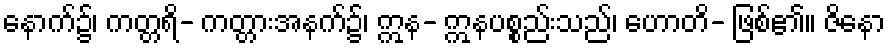
နောက်၌၊ ကတ္တရိ- ကတ္တားအနက်၌၊ ဣန- ဣနပစ္စည်းသည်၊ ဟောတိ- ဖြစ်၏။ ဇိနော